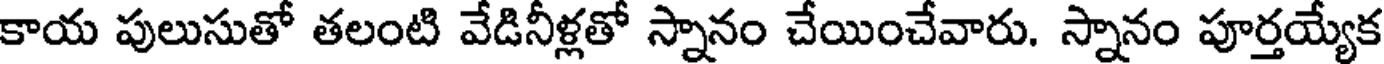
కాయ పులుసుతో తలంటి వేడినీళ్లతో స్నానం చేయించేవారు. స్నానం పూర్తయ్యేక